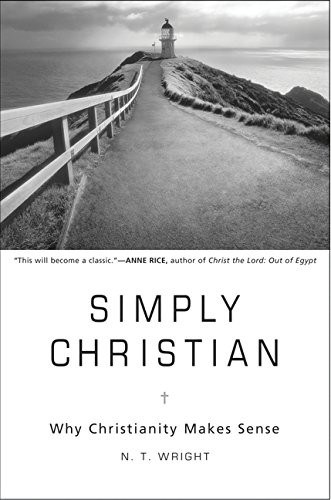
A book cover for Simply Christian: Why Christianity Makes Sense; N. T. Wright; Christian Books & Bibles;